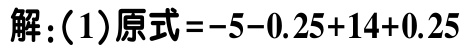
解：(1)原式\(=-5 - 0.25 + 14 + 0.25\)